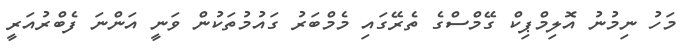
މަހު ނިމުނު އޮލިމްޕިކް ގޭމްސްގެ ތެރޭގައި މެމްބަރު ގައުމުތަކުން ވަނީ އަންނަ ފެބްރުއަރީ